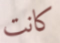
كانت